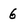
Character: 6